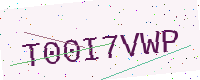
Text: T00I7VWP